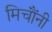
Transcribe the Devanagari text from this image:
मिचौंनी